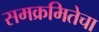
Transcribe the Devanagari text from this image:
समक्रमितेचा